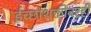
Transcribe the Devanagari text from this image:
ईच्छाशक्तीवरही